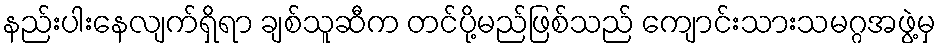
နည်းပါးနေလျက်ရှိရာ ချစ်သူဆီက တင်ပို့မည်ဖြစ်သည် ကျောင်းသားသမဂ္ဂအဖွဲ့မှ